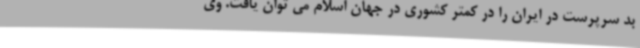
بد سرپرست در ایران را در کمتر کشوری در جهان اسلام می توان یافت. وی